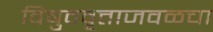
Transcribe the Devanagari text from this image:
विषुववृत्ताजवळचा